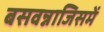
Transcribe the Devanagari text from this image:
बसवन्नाजिसमें